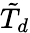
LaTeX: \tilde{T}_{d}